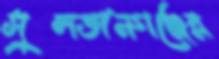
সুলতানগঞ্জের